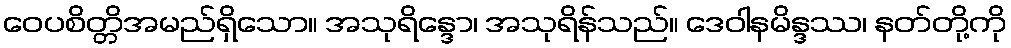
ဝေပစိတ္တိအမည်ရှိသော။ အသုရိန္ဒော၊ အသုရိန်သည်။ ဒေဝါနမိန္ဒဿ၊ နတ်တို့ကို